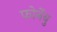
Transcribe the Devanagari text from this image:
फोर्नेबु